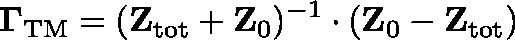
\mathbf { \Gamma } _ { \mathrm { T M } } = ( \mathbf { Z } _ { \mathrm { t o t } } + \mathbf { Z } _ { 0 } ) ^ { - 1 } \cdot ( \mathbf { Z } _ { 0 } - \mathbf { Z } _ { \mathrm { t o t } } )